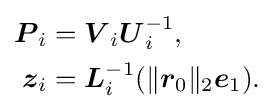
{\begin{aligned}{\boldsymbol {P}}_{i}&={\boldsymbol {V}}_{i}{\boldsymbol {U}}_{i}^{-1}{\text{,}}\\{\boldsymbol {z}}_{i}&={\boldsymbol {L}}_{i}^{-1}(\lVert {\boldsymbol {r}}_{0}\rVert _{2}{\boldsymbol {e}}_{1}){\text{.}}\end{aligned}}